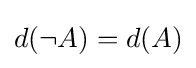
d(\neg {A})=d(A)